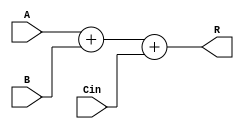
module qqq_sum( input[31:0]  A, B,
                output[31:0] R,
                input  Cin );
assign R = A + B + Cin;
endmodule